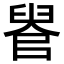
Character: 𦥳